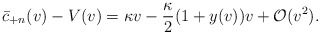
\begin{align*} \bar{c}_{+n}(v)-V(v)=\kappa v-\frac{\kappa}{2}(1+y(v))v+\mathcal{O}(v^2).\end{align*}